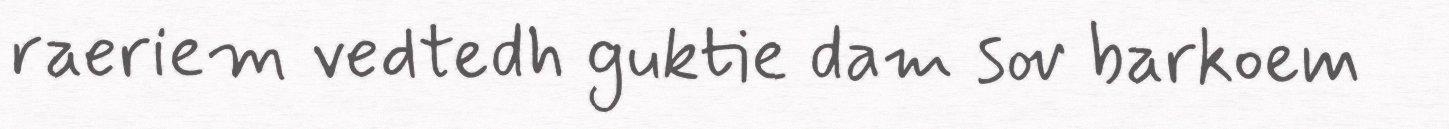
raeriem vedtedh guktie dam sov barkoem